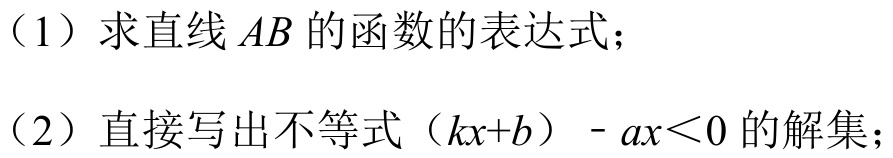
（1）求直线\(AB\)的函数的表达式；
（2）直接写出不等式\((kx + b)-ax<0\)的解集；